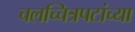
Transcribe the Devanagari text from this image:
चलच्चित्रपटांच्या